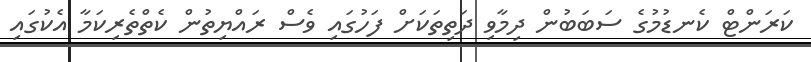
ކަރަންޓް ކެނޑުމުގެ ސަބަބުން ދިމާވި ދަތިތަކަށް ފަހުގައި ވެސް ރައްޔިތުން ކެތްތެރިކަމާ އެކުގައި